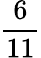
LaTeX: \frac{6}{11}